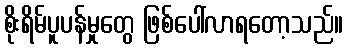
စိုးရိမ်ပူပန်မှုတွေ ဖြစ်ပေါ်လာရတော့သည်။